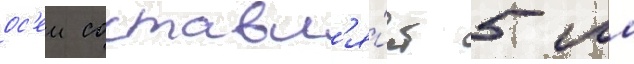
ос'еи составл'я́ет 5 мм